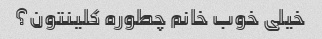
خیلی خوب خانم چطوره کلینتون؟